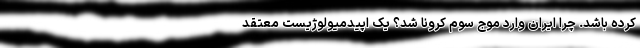
کرده باشد. چرا ایران وارد موج سوم کرونا شد؟ یک اپیدمیولوژیست معتقد